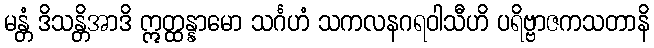
မန္တံ ဒိသန္တိအာဒိ ဣတ္ထန္နာမော သင်္ဂဟံ သကလနဂရဝါသီဟိ ပရိဗ္ဗာဇကသတာနိ